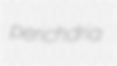
perichdria